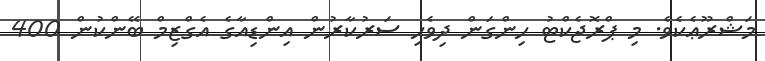
މަޝްރޫޢެކެވެ. މި ޕްރޮޖެކްޓު ހިންގަން ދިވެހި ސަރުކާރުން އިންޑިއާގެ އެގްޒިމް ބޭންކުން 400